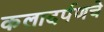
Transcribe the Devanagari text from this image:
कलादर्पणचे